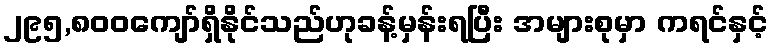
၂၉၅,၈၀၀ကျော်ရှိနိုင်သည်ဟုခန့်မှန်းရပြီး အများစုမှာ ကရင်နှင့်